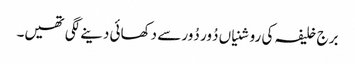
برج خلیفہ کی روشنیاں دُور دُور سے دکھائی دینے لگی تھیں۔